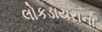
લોકડાયરાના